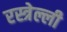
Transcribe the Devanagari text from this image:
रस्त्रेल्ली